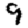
Digit: 9